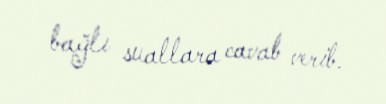
bağlı suallara cavab verib.